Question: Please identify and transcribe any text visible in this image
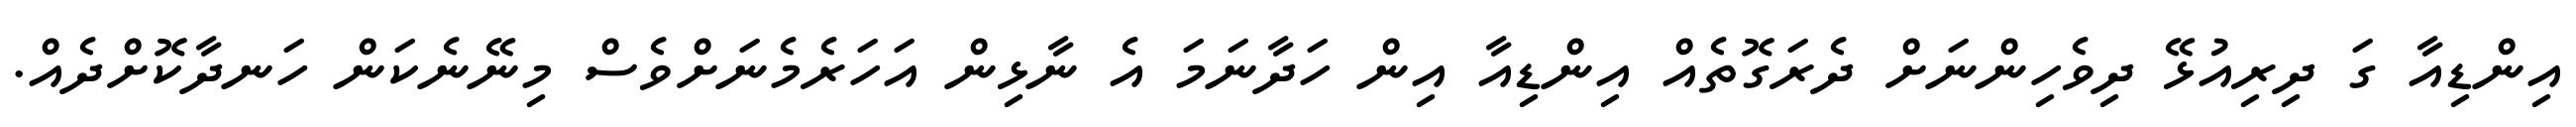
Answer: އިންޑިއާ ގަ ދިރިއުޅޭ ދިވެހިންނަށް ދެރަގޮތެއް އިންޑިއާ އިން ހަދާނަމަ އެ ނާޅިން އަހަރެމެނަށްވެސް މިނޭނެކަން ހަނދާކޮށްދެއް.